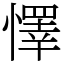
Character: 懌